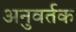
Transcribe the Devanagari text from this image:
अनुवर्तक